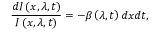
\frac { d I \left( x , \lambda , t \right) } { I \left( x , \lambda , t \right) } = - \beta \left( \lambda , t \right) d x d t ,